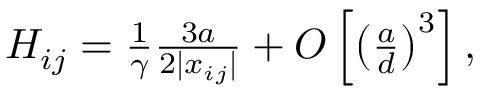
\begin{array} { r } { H _ { i j } = \frac { 1 } { \gamma } \frac { 3 a } { 2 | x _ { i j } | } + O \left[ \left( \frac { a } { d } \right) ^ { 3 } \right] , } \end{array}